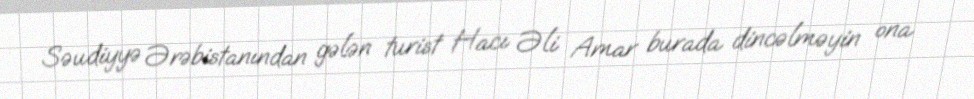
Səudiyyə Ərəbistanından gələn turist Hacı Əli Amar burada dincəlməyin ona